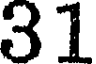
31